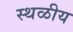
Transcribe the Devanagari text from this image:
स्थळीय